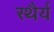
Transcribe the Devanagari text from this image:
स्‍थैर्य